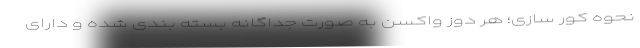
نحوه کور سازی؛ هر دوز واکسن به صورت جداگانه بسته بندی شده و دارای